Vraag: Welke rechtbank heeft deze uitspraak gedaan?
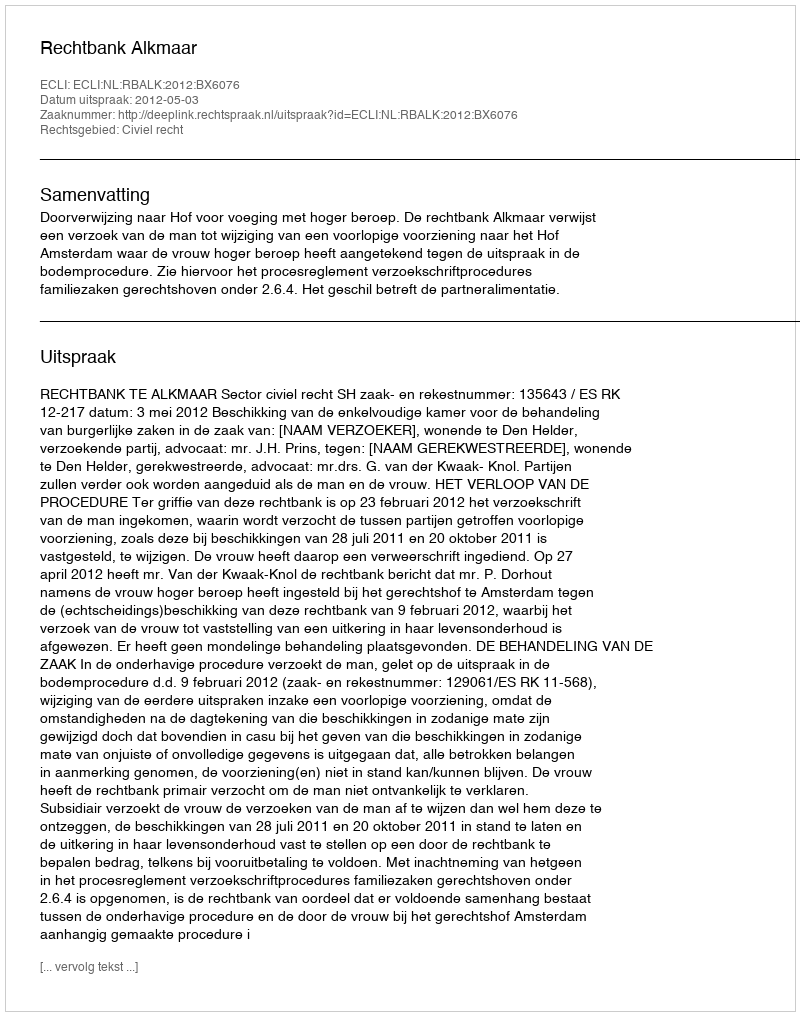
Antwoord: Rechtbank Alkmaar